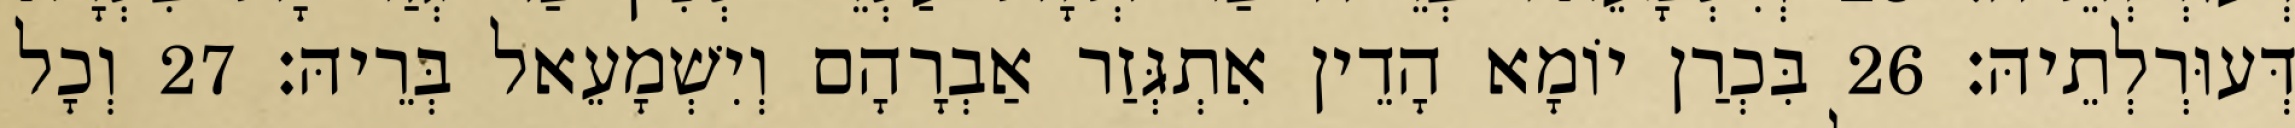
דְּעוּרְלְתֵיהּ׃ 26 בִּכְרַן יוֹמָא הָדֵין אִתְגְּזַר אַבְרָהָם וְיִשְׁמָעֵאל בְּרֵיהּ׃ 27 וְכָל